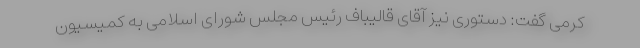
کرمی گفت: دستوری نیز آقای قالیباف رئیس مجلس شورای اسلامی به کمیسیون